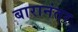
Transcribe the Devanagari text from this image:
बारानंतर